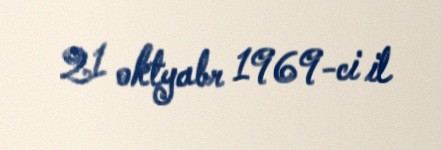
21 oktyabr 1969-ci il